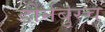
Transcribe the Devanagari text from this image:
डोर्नबुस्च